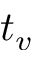
t _ { v }